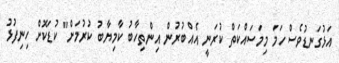
އަޅުގަނޑުވެސް ހަމަ މިމަސައްކަތް ކުރަނީ އެއްބުރުން އިންތިހާބު ކާމިޔާބު ކުރުމަށް" ކުޑަކޮށް ހިނިފުޅު